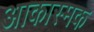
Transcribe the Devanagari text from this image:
आकास्मक